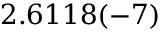
2 . 6 1 1 8 ( - 7 )